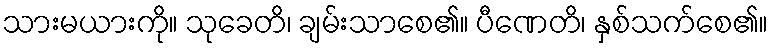
သားမယားကို။ သုခေတိ၊ ချမ်းသာစေ၏။ ပီဏေတိ၊ နှစ်သက်စေ၏။